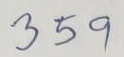
359